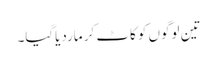
تین لوگوں کو کاٹ کر ماردیاگیا۔